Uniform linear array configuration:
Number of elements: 32
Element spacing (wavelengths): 0.25
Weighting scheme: exponential
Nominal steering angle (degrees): -45
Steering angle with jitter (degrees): -44.331
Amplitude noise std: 0.05
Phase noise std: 0.05

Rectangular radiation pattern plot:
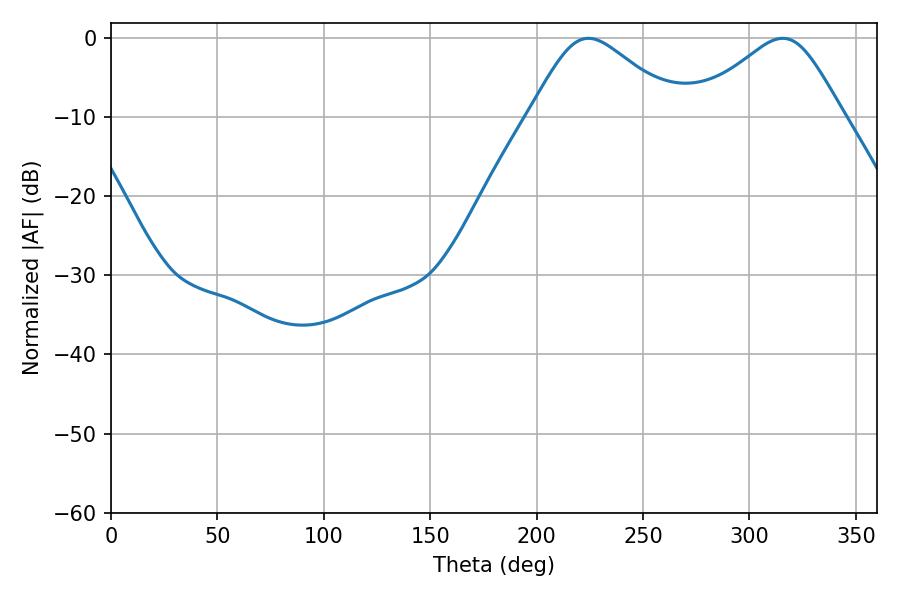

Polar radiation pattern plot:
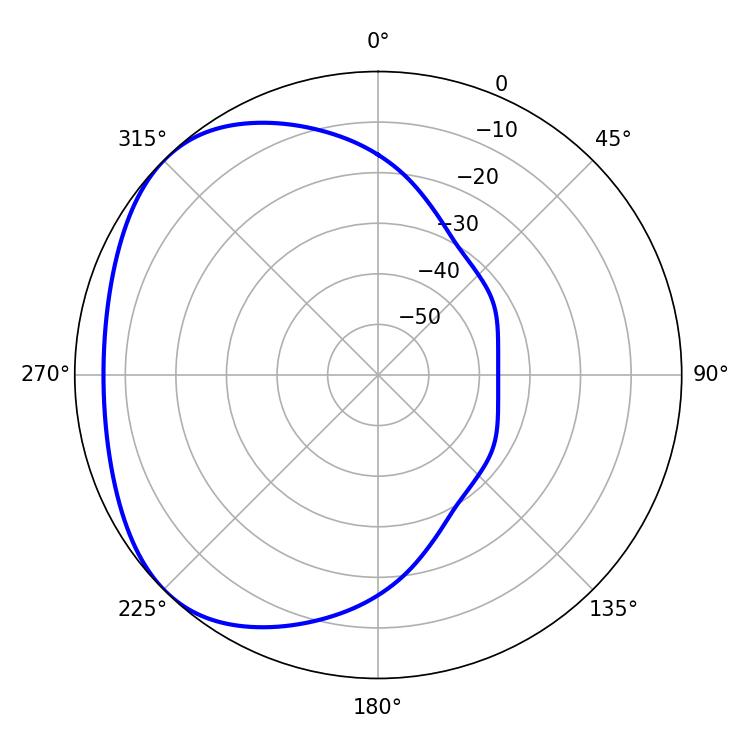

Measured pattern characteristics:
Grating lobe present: FALSE
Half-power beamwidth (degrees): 34.38
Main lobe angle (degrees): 224.28